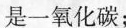
一氧化碳；x